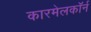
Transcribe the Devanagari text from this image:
कारमेलकॉर्न